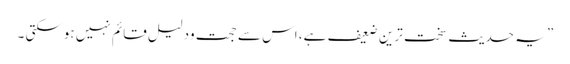
” یہ حدیث سخت ترین ضعیف ہے، اس سے حجت ودلیل قائم نہیں ہوسکتی ۔